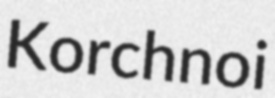
Korchnoi